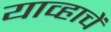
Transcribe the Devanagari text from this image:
याव्हाचें